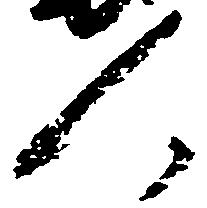
人